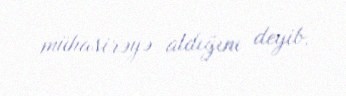
mühasirəyə aldığını deyib.